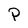
Character: P